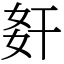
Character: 姧